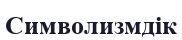
Символизмдік